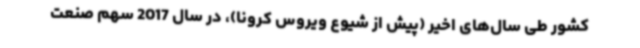
کشور طی سال‌های اخیر (پیش از شیوع ویروس کرونا)، در سال 2017 سهم صنعت